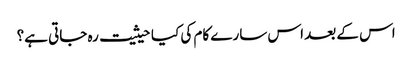
اس کے بعد اس سارے کام کی کیا حیثیت رہ جاتی ہے؟